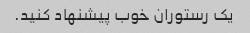
یک رستوران خوب پیشنهاد کنید.